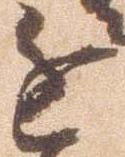
進